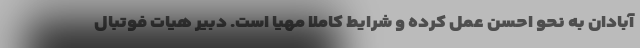
آبادان به نحو احسن عمل کرده و شرایط کاملا مهیا است. دبیر هیات فوتبال